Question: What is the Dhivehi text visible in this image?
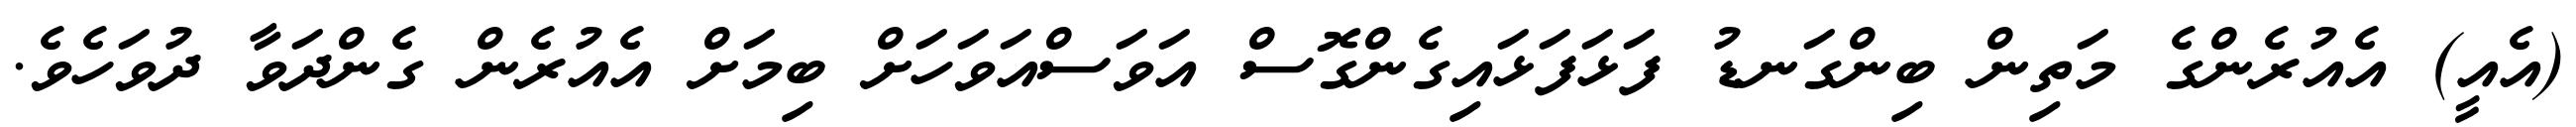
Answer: (އެއީ) އެއުރެންގެ މަތިން ބިންގަނޑު ފަޅަފަޅައިގެންގޮސް އަވަސްއަވަހަށް ބިމަށް އެއުރެން ގެންދަވާ ދުވަހެވެ.